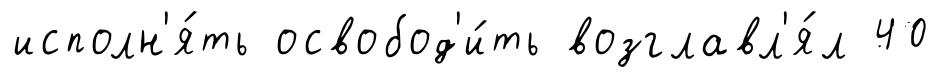
исполн'я́ть освобод'и́ть возглавл'я́л 40